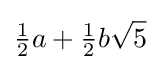
{\tfrac {1}{2}}a+{\tfrac {1}{2}}b{\sqrt {5}}